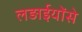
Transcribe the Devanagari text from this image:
लड़ाईयोंसे